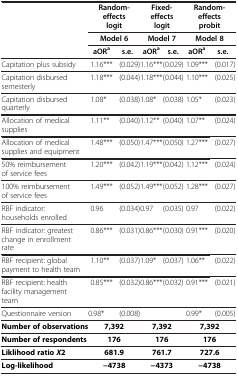
<table><thead><tr><td><b> </b></td><td colspan="2"><b>Random-effects logit</b></td><td colspan="2"><b>Fixed-effects logit</b></td><td colspan="2"><b>Random-effects probit</b></td></tr><tr><td rowspan="2"><b> </b></td><td colspan="2"><b>Model 6</b></td><td colspan="2"><b>Model 7</b></td><td colspan="2"><b>Model 8</b></td></tr><tr><td><b>aOR<sup>a</sup></b></td><td><b>s.e.</b></td><td><b>aOR<sup>a</sup></b></td><td><b>s.e.</b></td><td><b>aOR<sup>a</sup></b></td><td><b>s.e.</b></td></tr></thead><tbody><tr><td>Capitation plus subsidy</td><td>1.16***</td><td>(0.029)</td><td>1.16***</td><td>(0.029)</td><td>1.09***</td><td>(0.017)</td></tr><tr><td>Capitation disbursed semesterly</td><td>1.18***</td><td>(0.044)</td><td>1.18***</td><td>(0.044)</td><td>1.10***</td><td>(0.025)</td></tr><tr><td>Capitation disbursed quarterly</td><td>1.08*</td><td>(0.038)</td><td>1.08*</td><td>(0.038)</td><td>1.05*</td><td>(0.023)</td></tr><tr><td>Allocation of medical supplies</td><td>1.11**</td><td>(0.040)</td><td>1.12**</td><td>(0.040)</td><td>1.07**</td><td>(0.024)</td></tr><tr><td>Allocation of medical supplies and equipment</td><td>1.48***</td><td>(0.050)</td><td>1.47***</td><td>(0.050)</td><td>1.27***</td><td>(0.027)</td></tr><tr><td>50% reimbursement of service fees</td><td>1.20***</td><td>(0.042)</td><td>1.19***</td><td>(0.042)</td><td>1.12***</td><td>(0.024)</td></tr><tr><td>100% reimbursement of service fees</td><td>1.49***</td><td>(0.052)</td><td>1.49***</td><td>(0.052)</td><td>1.28***</td><td>(0.027)</td></tr><tr><td>RBF indicator: households enrolled</td><td>0.96</td><td>(0.034)</td><td>0.97</td><td>(0.035)</td><td>0.97</td><td>(0.022)</td></tr><tr><td>RBF indicator: greatest change in enrollment rate</td><td>0.86***</td><td>(0.031)</td><td>0.86***</td><td>(0.030)</td><td>0.91***</td><td>(0.020)</td></tr><tr><td>RBF recipient: global payment to health team</td><td>1.10**</td><td>(0.037)</td><td>1.09*</td><td>(0.037)</td><td>1.06**</td><td>(0.022)</td></tr><tr><td>RBF recipient: health facility management team</td><td>0.85***</td><td>(0.032)</td><td>0.86***</td><td>(0.032)</td><td>0.91***</td><td>(0.021)</td></tr><tr><td>Questionnaire version</td><td>0.98*</td><td>(0.008)</td><td> </td><td> </td><td>0.99*</td><td>(0.005)</td></tr><tr><td><b>Number of observations</b></td><td colspan="2"><b>7,392</b></td><td colspan="2"><b>7,392</b></td><td colspan="2"><b>7,392</b></td></tr><tr><td><b>Number of respondents</b></td><td colspan="2"><b>176</b></td><td colspan="2"><b>176</b></td><td colspan="2"><b>176</b></td></tr><tr><td><b>Liklihood ratio</b><b><i>X</i></b><b>2</b></td><td colspan="2"><b>681.9</b></td><td colspan="2"><b>761.7</b></td><td colspan="2"><b>727.6</b></td></tr><tr><td><b>Log-likelihood</b></td><td colspan="2"><b>−4738</b></td><td colspan="2"><b>−4373</b></td><td colspan="2"><b>−4738</b></td></tr></tbody></table>